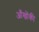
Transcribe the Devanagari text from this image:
आँखोंकी